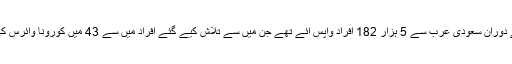
گزشتہ چند ہفتوں کے دوران سعودی عرب سے 5 ہزار 182 افراد واپس آئے تھے جن میں سے تلاش کیے گئے افراد میں سے 43 میں کورونا وائرس کی علامات پائی گئیں۔